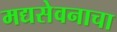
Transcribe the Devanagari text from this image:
मद्यसेवनाचा